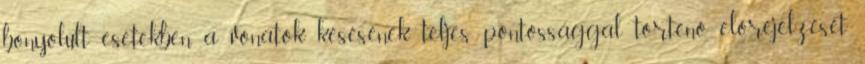
bonyolult esetekben a vonatok késésének teljes pontossággal történő előrejelzését